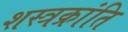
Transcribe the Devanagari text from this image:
शस्त्रक्रांति